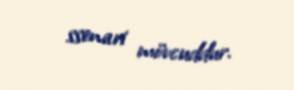
ssenari mövcuddur.